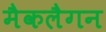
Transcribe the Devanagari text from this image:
मैकलैगन